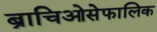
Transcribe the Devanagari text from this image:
ब्राचिओसेफालिक